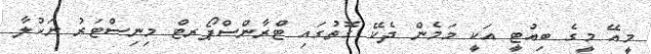
މީއޭ މީގެ ބިއުޓީ އަކީ މަމެން ދެކޭ ގޮތުގައި ޓްރާންސްޕޯރޓް މިނިސްޓަރު ނަހުލާ